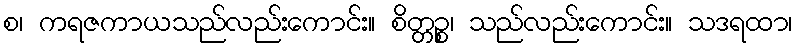
စ၊ ကရဇကာယသည်လည်းကောင်း။ စိတ္တဉ္စ၊ သည်လည်းကောင်း။ သဒရထာ၊